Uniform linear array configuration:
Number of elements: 64
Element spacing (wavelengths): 0.5
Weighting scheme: kaiser
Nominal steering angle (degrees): -30
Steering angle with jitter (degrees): -31.772
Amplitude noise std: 0.05
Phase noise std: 0.05

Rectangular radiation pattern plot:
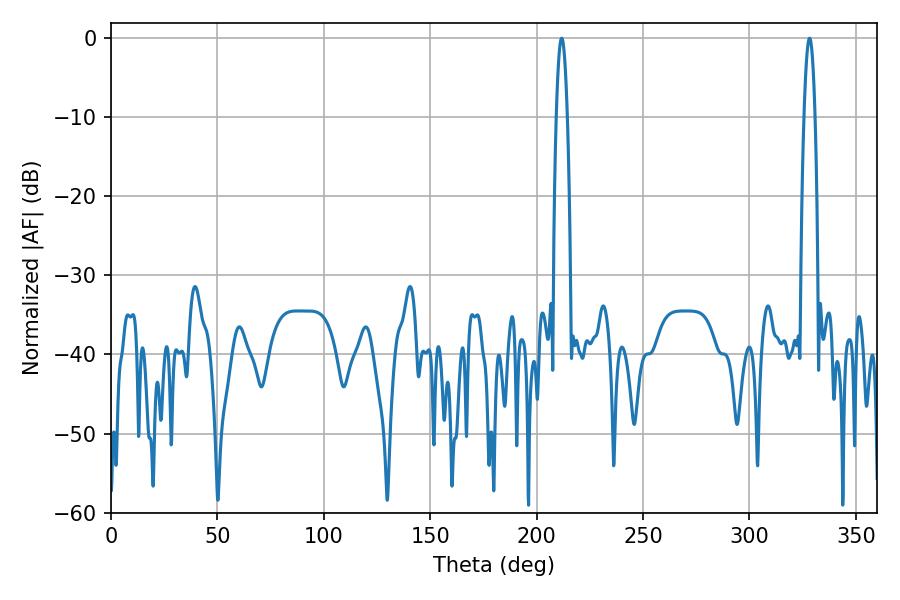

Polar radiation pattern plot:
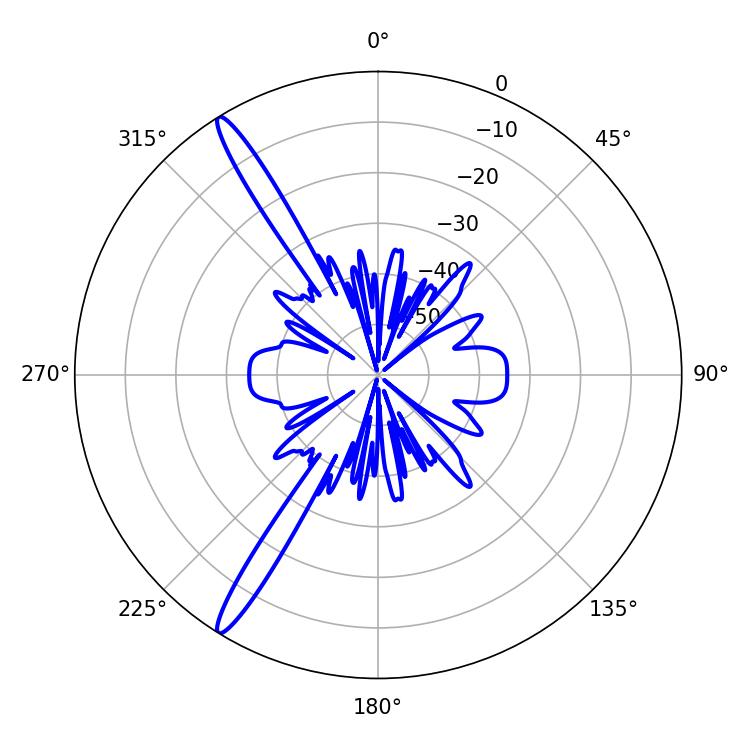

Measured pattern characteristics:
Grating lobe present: FALSE
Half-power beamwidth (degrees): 2.7
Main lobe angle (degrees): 211.68